French and German assistants in Scottish schools and training centres, 1938
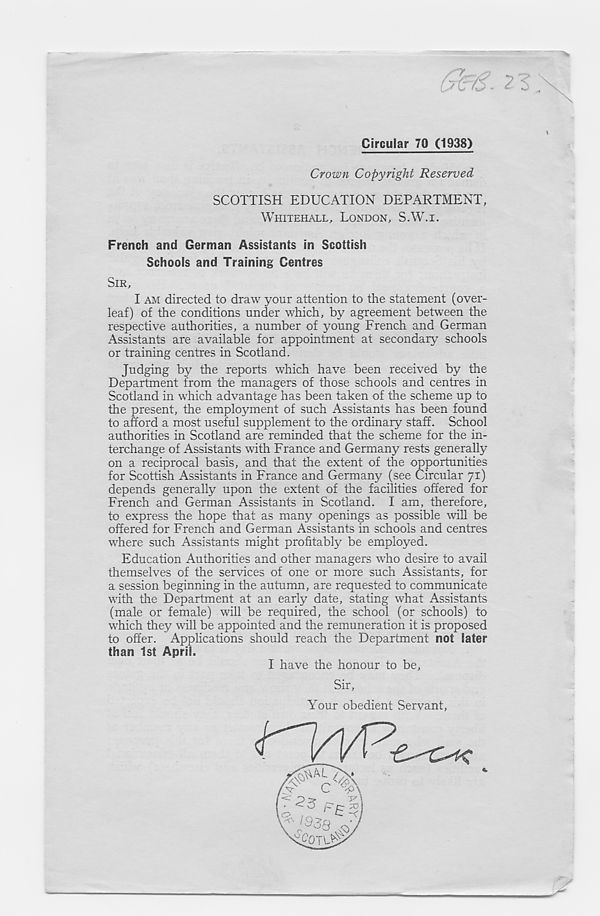
Circular 70 (1938)
Crown Copyright Reserved
SCOTTISH EDUCATION DEPARTMENT,
WHITEHALL, LONDON, S.W.I.
French and German Assistants in Scottish
Schools and Training Centres
SIR,
I AM directed to draw your attention to the statement (over-
leaf) of the conditions under which, by agreement between the
respective authorities, a number of young French and German
Assistants are available for appointment at secondary 1 schools
or training centres in Scotland.
Judging by the reports which have been received by the
Department from the managers of those schools and centres in
Scotland in which advantage has been taken of the scheme up to
the present, the employment of such Assistants has been found
to afford a most useful supplement to the ordinary staff. School
authorities in Scotland are reminded that the scheme for the in-
terchange of Assistants with France and Germany rests generally
on a reciprocal basis, and that tire extent of the opportunities
for Scottish Assistants in France and Germany (see Circular 71)
depends generally upon the extent of the facilities offered for
French and German Assistants in Scotland. I am, therefore,
to express the hope that as many openings as possible will be
offered for French and German Assistants in schools and centres
where such Assistants might profitably be employed.
Education Authorities and other managers who desire to avail
themselves of the services of one or more such Assistants, for
a session beginning in the autumn, are requested to communicate
with the Department at an early date, stating what Assistants
(male or female) will be required, the school (or schools) to
which they will be appointed and the remuneration it is proposed
to offer. Applications should reach the Department not later
than 1st April.
I have the honour to be,
Sir,
Your obedient Servant,
»
*